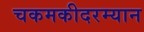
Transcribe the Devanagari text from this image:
चकमकीदरम्यान